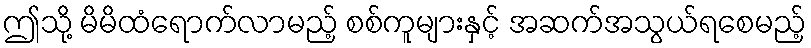
ဤသို့ မိမိထံရောက်လာမည့် စစ်ကူများနှင့် အဆက်အသွယ်ရစေမည့်